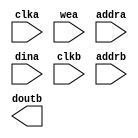
module blk_mem_gen_outputMem(
  clka,
  wea,
  addra,
  dina,
  clkb,
  addrb,
  doutb
);

input clka;
input [0 : 0] wea;
input [12 : 0] addra;
input [7 : 0] dina;
input clkb;
input [12 : 0] addrb;
output [7 : 0] doutb;

// synthesis translate_off

  BLK_MEM_GEN_V6_2 #(
    .C_ADDRA_WIDTH(13),
    .C_ADDRB_WIDTH(13),
    .C_ALGORITHM(1),
    .C_AXI_ID_WIDTH(4),
    .C_AXI_SLAVE_TYPE(0),
    .C_AXI_TYPE(1),
    .C_BYTE_SIZE(9),
    .C_COMMON_CLK(0),
    .C_DEFAULT_DATA("0"),
    .C_DISABLE_WARN_BHV_COLL(1),
    .C_DISABLE_WARN_BHV_RANGE(1),
    .C_FAMILY("virtex5"),
    .C_HAS_AXI_ID(0),
    .C_HAS_ENA(0),
    .C_HAS_ENB(0),
    .C_HAS_INJECTERR(0),
    .C_HAS_MEM_OUTPUT_REGS_A(0),
    .C_HAS_MEM_OUTPUT_REGS_B(0),
    .C_HAS_MUX_OUTPUT_REGS_A(0),
    .C_HAS_MUX_OUTPUT_REGS_B(0),
    .C_HAS_REGCEA(0),
    .C_HAS_REGCEB(0),
    .C_HAS_RSTA(0),
    .C_HAS_RSTB(0),
    .C_HAS_SOFTECC_INPUT_REGS_A(0),
    .C_HAS_SOFTECC_OUTPUT_REGS_B(0),
    .C_INIT_FILE_NAME("no_coe_file_loaded"),
    .C_INITA_VAL("0"),
    .C_INITB_VAL("0"),
    .C_INTERFACE_TYPE(0),
    .C_LOAD_INIT_FILE(0),
    .C_MEM_TYPE(1),
    .C_MUX_PIPELINE_STAGES(0),
    .C_PRIM_TYPE(1),
    .C_READ_DEPTH_A(8192),
    .C_READ_DEPTH_B(8192),
    .C_READ_WIDTH_A(8),
    .C_READ_WIDTH_B(8),
    .C_RST_PRIORITY_A("CE"),
    .C_RST_PRIORITY_B("CE"),
    .C_RST_TYPE("SYNC"),
    .C_RSTRAM_A(0),
    .C_RSTRAM_B(0),
    .C_SIM_COLLISION_CHECK("ALL"),
    .C_USE_BYTE_WEA(0),
    .C_USE_BYTE_WEB(0),
    .C_USE_DEFAULT_DATA(0),
    .C_USE_ECC(0),
    .C_USE_SOFTECC(0),
    .C_WEA_WIDTH(1),
    .C_WEB_WIDTH(1),
    .C_WRITE_DEPTH_A(8192),
    .C_WRITE_DEPTH_B(8192),
    .C_WRITE_MODE_A("WRITE_FIRST"),
    .C_WRITE_MODE_B("WRITE_FIRST"),
    .C_WRITE_WIDTH_A(8),
    .C_WRITE_WIDTH_B(8),
    .C_XDEVICEFAMILY("virtex5")
  )
  inst (
    .CLKA(clka),
    .WEA(wea),
    .ADDRA(addra),
    .DINA(dina),
    .CLKB(clkb),
    .ADDRB(addrb),
    .DOUTB(doutb),
    .RSTA(),
    .ENA(),
    .REGCEA(),
    .DOUTA(),
    .RSTB(),
    .ENB(),
    .REGCEB(),
    .WEB(),
    .DINB(),
    .INJECTSBITERR(),
    .INJECTDBITERR(),
    .SBITERR(),
    .DBITERR(),
    .RDADDRECC(),
    .S_ACLK(),
    .S_ARESETN(),
    .S_AXI_AWID(),
    .S_AXI_AWADDR(),
    .S_AXI_AWLEN(),
    .S_AXI_AWSIZE(),
    .S_AXI_AWBURST(),
    .S_AXI_AWVALID(),
    .S_AXI_AWREADY(),
    .S_AXI_WDATA(),
    .S_AXI_WSTRB(),
    .S_AXI_WLAST(),
    .S_AXI_WVALID(),
    .S_AXI_WREADY(),
    .S_AXI_BID(),
    .S_AXI_BRESP(),
    .S_AXI_BVALID(),
    .S_AXI_BREADY(),
    .S_AXI_ARID(),
    .S_AXI_ARADDR(),
    .S_AXI_ARLEN(),
    .S_AXI_ARSIZE(),
    .S_AXI_ARBURST(),
    .S_AXI_ARVALID(),
    .S_AXI_ARREADY(),
    .S_AXI_RID(),
    .S_AXI_RDATA(),
    .S_AXI_RRESP(),
    .S_AXI_RLAST(),
    .S_AXI_RVALID(),
    .S_AXI_RREADY(),
    .S_AXI_INJECTSBITERR(),
    .S_AXI_INJECTDBITERR(),
    .S_AXI_SBITERR(),
    .S_AXI_DBITERR(),
    .S_AXI_RDADDRECC()
  );

// synthesis translate_on

endmodule